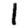
Digit: 1